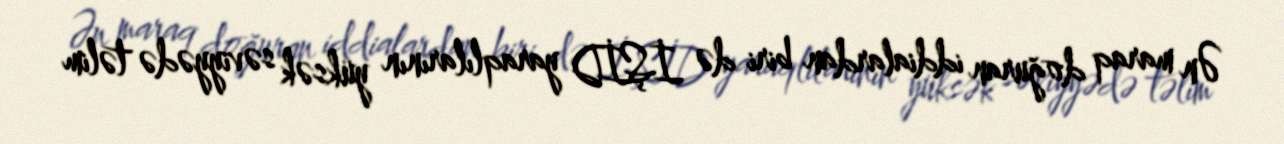
Ən maraq doğuran iddialardan biri də İŞİD yaraqlılarının yüksək səviyyədə təlim